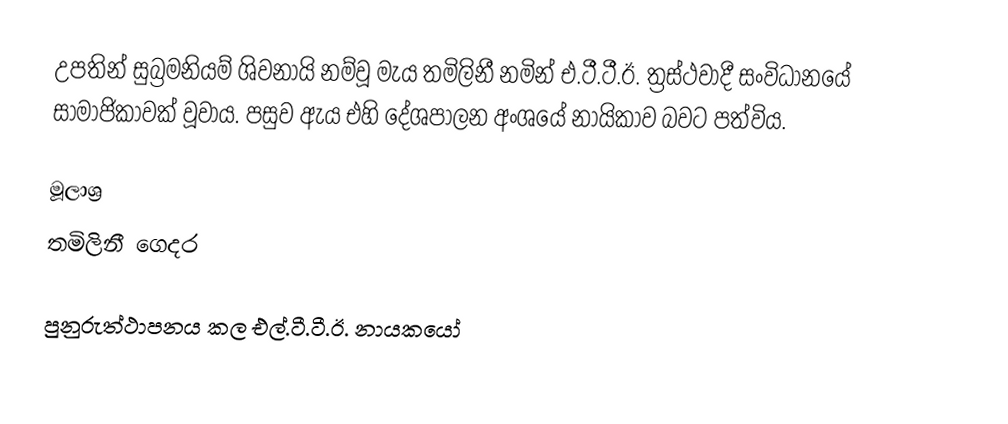
උපතින් සුබ්‍රමනියම් ශිවනායි නම්වූ මැය තමිලිනී නමින් එ.ටී.ටී.ඊ. ත්‍රස්ථවාදී සංවිධානයේ සාමාජිකාවක් වූවාය. පසුව ඇය එහි දේශපාලන අංශයේ නායිකාව බවට පත්විය.

මූලාශ්‍ර
 තමිලිනී ගෙදර

පුනුරුත්ථාපනය කල එල්.ටී.ටී.ඊ. නායකයෝ